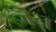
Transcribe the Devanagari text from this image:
जॆन